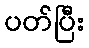
ပတ်ပြီး